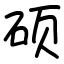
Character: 硕